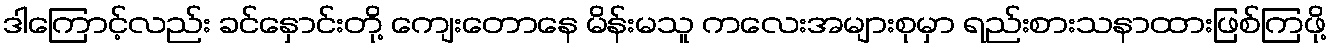
ဒါကြောင့်လည်း ခင်နှောင်းတို့ ကျေးတောနေ မိန်းမသူ ကလေးအများစုမှာ ရည်းစားသနာထားဖြစ်ကြဖို့